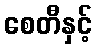
စေတီနှင့်